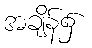
အချိန်၌